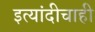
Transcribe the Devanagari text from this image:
इत्यांदीचाही